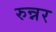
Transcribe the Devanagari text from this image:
रुन्नर